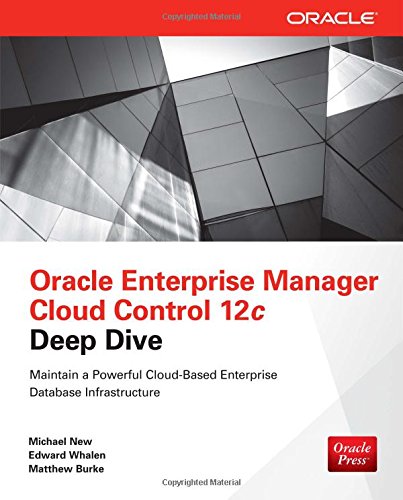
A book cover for Oracle Enterprise Manager Cloud Control 12c Deep Dive; Michael New; Computers & Technology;